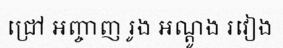
ជ្រៅ អញ្ចាញ រូង អណ្តូង រវៀង